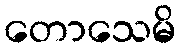
တောသေမိ